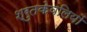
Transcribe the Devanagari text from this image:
श्रुतकेवलियों